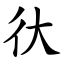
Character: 㣕